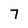
Character: 7